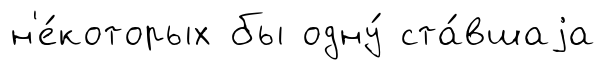
н'е́которых бы одну́ ста́вшаjа